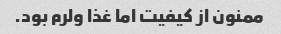
ممنون از کیفیت اما غذا ولرم بود.